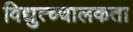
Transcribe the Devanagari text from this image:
विद्युत्च्चालकता